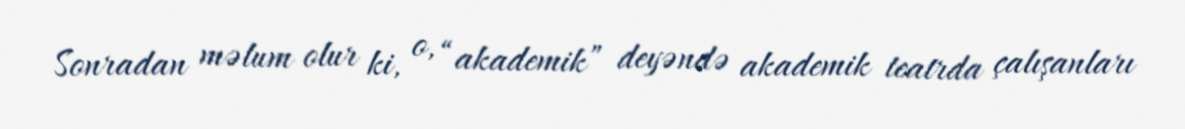
Sonradan məlum olur ki, o, “akademik” deyəndə akademik teatrda çalışanları